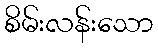
စိမ်းလန်းသော